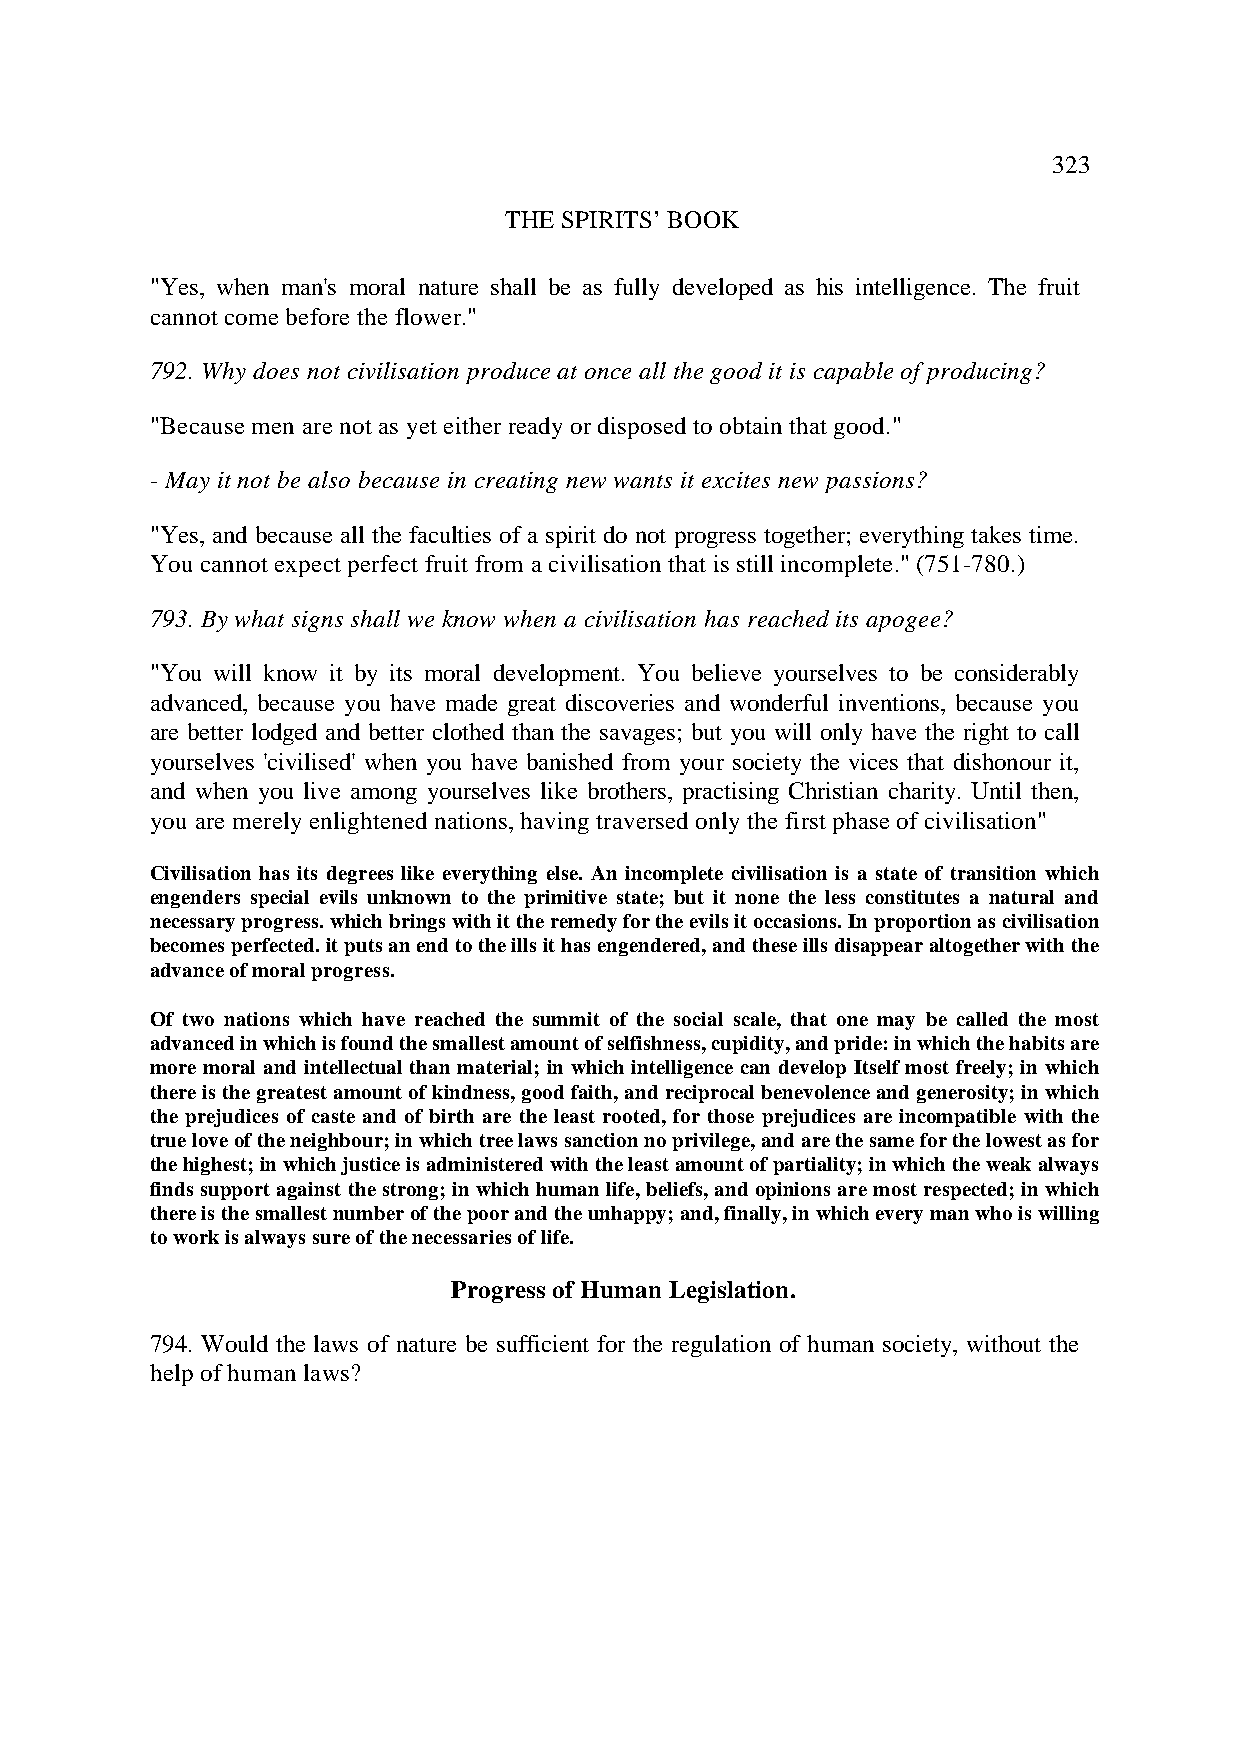
323
 THE SPIRITS’ BOOK
 "Yes, when man's moral nature shall be as fully developed as his intelligence. The fruit
 cannot come before the flower."
 792. Why does not civilisation produce at once all the good it is capable of producing?
 "Because men are not as yet either ready or disposed to obtain that good."
 - May it not be also because in creating new wants it excites new passions?
 "Yes, and because all the faculties of a spirit do not progress together; everything takes time.
 You cannot expect perfect fruit from a civilisation that is still incomplete." (751-780.)
 793. By what signs shall we know when a civilisation has reached its apogee?
 "You will know it by its moral development. You believe yourselves to be considerably
 advanced, because you have made great discoveries and wonderful inventions, because you
 are better lodged and better clothed than the savages; but you will only have the right to call
 yourselves 'civilised' when you have banished from your society the vices that dishonour it,
 and when you live among yourselves like brothers, practising Christian charity. Until then,
 you are merely enlightened nations, having traversed only the first phase of civilisation"
 Civilisation has its degrees like everything else. An incomplete civilisation is a state of transition which
 engenders special evils unknown to the primitive state; but it none the less constitutes a natural and
 necessary progress. which brings with it the remedy for the evils it occasions. In proportion as civilisation
 becomes perfected. it puts an end to the ills it has engendered, and these ills disappear altogether with the
 advance of moral progress.
 Of two nations which have reached the summit of the social scale, that one may be called the most
 advanced in which is found the smallest amount of selfishness, cupidity, and pride: in which the habits are
 more moral and intellectual than material; in which intelligence can develop Itself most freely; in which
 there is the greatest amount of kindness, good faith, and reciprocal benevolence and generosity; in which
 the prejudices of caste and of birth are the least rooted, for those prejudices are incompatible with the
 true love of the neighbour; in which tree laws sanction no privilege, and are the same for the lowest as for
 the highest; in which justice is administered with the least amount of partiality; in which the weak always
 finds support against the strong; in which human life, beliefs, and opinions are most respected; in which
 there is the smallest number of the poor and the unhappy; and, finally, in which every man who is willing
 to work is always sure of the necessaries of life.
 Progress of Human Legislation.
 794. Would the laws of nature be sufficient for the regulation of human society, without the
 help of human laws?